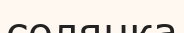
солянка